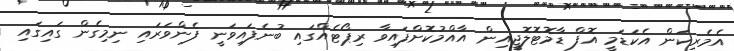
އެމެރިކަން އެކަޑަމީ އޮފް ޑާމޮޓޮލޮޖީއިން އާއްމުކޮށްފައިވާ ރިޕޯޓެއްގައި ބުނެފައިވަނީ ފެންވަރައި ނިމިގެން ގައިގައި